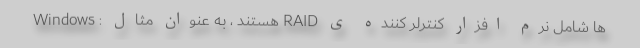
ها شامل نرم افزار کنترلر کننده ی RAID هستند ، به عنوان مثال : Windows